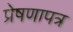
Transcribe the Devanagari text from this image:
प्रेषणापत्र